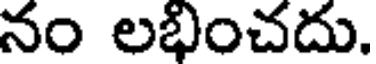
నం లభించదు.